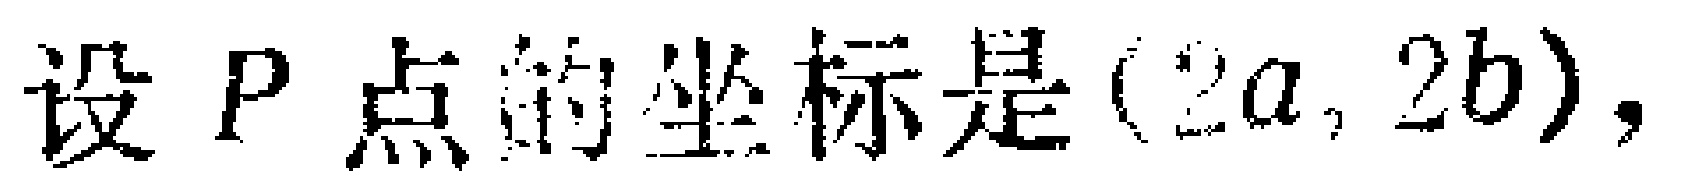
设 \(P\) 点的坐标是 \((2a, 2b)\)，